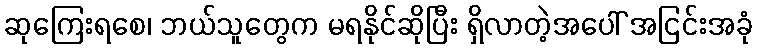
ဆုကြေးရစေ၊ ဘယ်သူတွေက မရနိုင်ဆိုပြီး ရှိလာတဲ့အပေါ် အငြင်းအခုံ